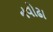
નવોઢા